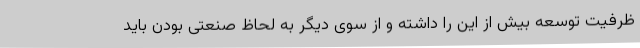
ظرفیت توسعه بیش از این را داشته و از سوی دیگر به لحاظ صنعتی بودن باید